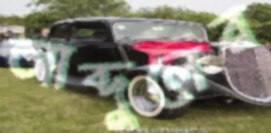
আব্দুলের